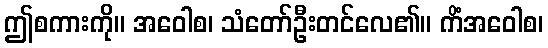
ဤစကားကို။ အဝေါစ၊ သံတော်ဦးတင်လေ၏။ ကိံအဝေါစ၊